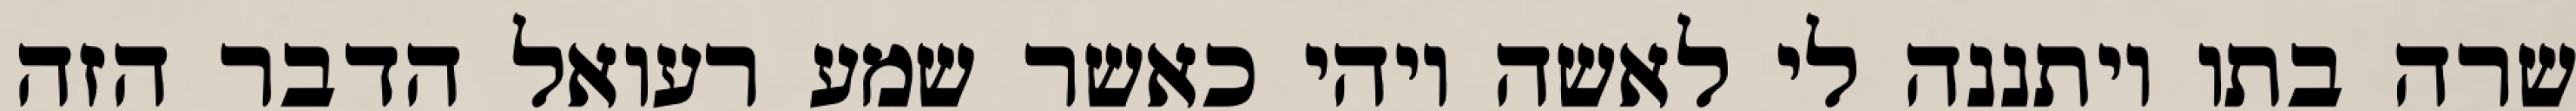
שרה בתו ויתננה לי לאשה ויהי כאשר שמע רעואל הדבר הזה